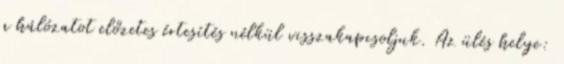
a hálózatot előzetes értesítés nélkül visszakapcsoljuk. Az ülés helye: